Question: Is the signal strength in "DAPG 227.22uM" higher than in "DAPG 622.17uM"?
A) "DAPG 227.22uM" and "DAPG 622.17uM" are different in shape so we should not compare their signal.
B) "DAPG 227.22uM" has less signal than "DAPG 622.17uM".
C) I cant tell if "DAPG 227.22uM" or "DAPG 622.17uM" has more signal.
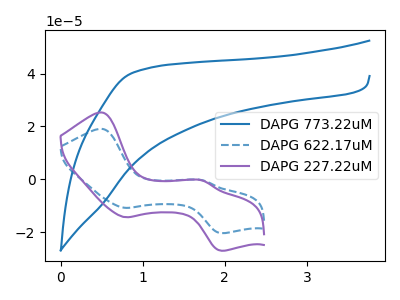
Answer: <think>The blue curve "DAPG 773.22uM" has no peaks. The blue dashed curve "DAPG 622.17uM" has anodic peaks at (0.50V, 19.05uA) (1.75V, -0.35uA) and cathodic peaks at (0.80V, -10.85uA) (1.95V, -20.40uA). The purple curve "DAPG 227.22uM" has anodic peaks at (0.50V, 25.25uA) (1.75V, -0.45uA) and cathodic peaks at (0.80V, -14.35uA) (1.95V, -27.05uA).
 All the peaks in "DAPG 227.22uM" have a peak in "DAPG 622.17uM" at the same potential.</think>
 <answer>C) I cant tell if "DAPG 227.22uM" or "DAPG 622.17uM" has more signal.</answer>
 <eval>C</eval>